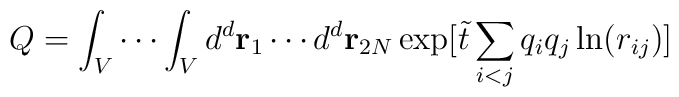
Q = \int_V \cdots\int_V d^d {\bf r}_1 \cdots d^d {\bf r}_{2N}\exp[{\tilde t} \sum_{i < j} q_i q_j \ln(r_{ij})]